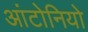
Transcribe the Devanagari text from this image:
आंटोनियो